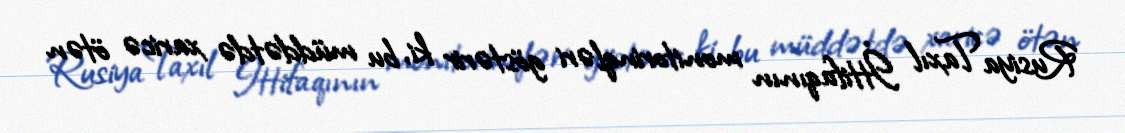
Rusiya Taxıl İttifaqının monitorinqləri göstərir ki, bu müddətdə xaricə ötən